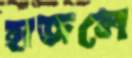
হাজলে